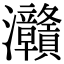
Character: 灨